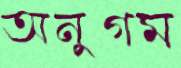
অনুগম